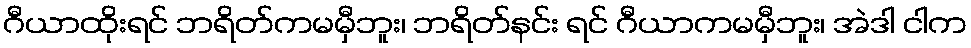
ဂီယာထိုးရင် ဘရိတ်ကမမှီဘူး၊ ဘရိတ်နင်း ရင် ဂီယာကမမှီဘူး၊ အဲဒါ ငါက